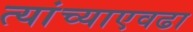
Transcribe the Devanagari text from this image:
त्यांच्याएवढा